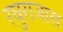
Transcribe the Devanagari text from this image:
रघुराजास